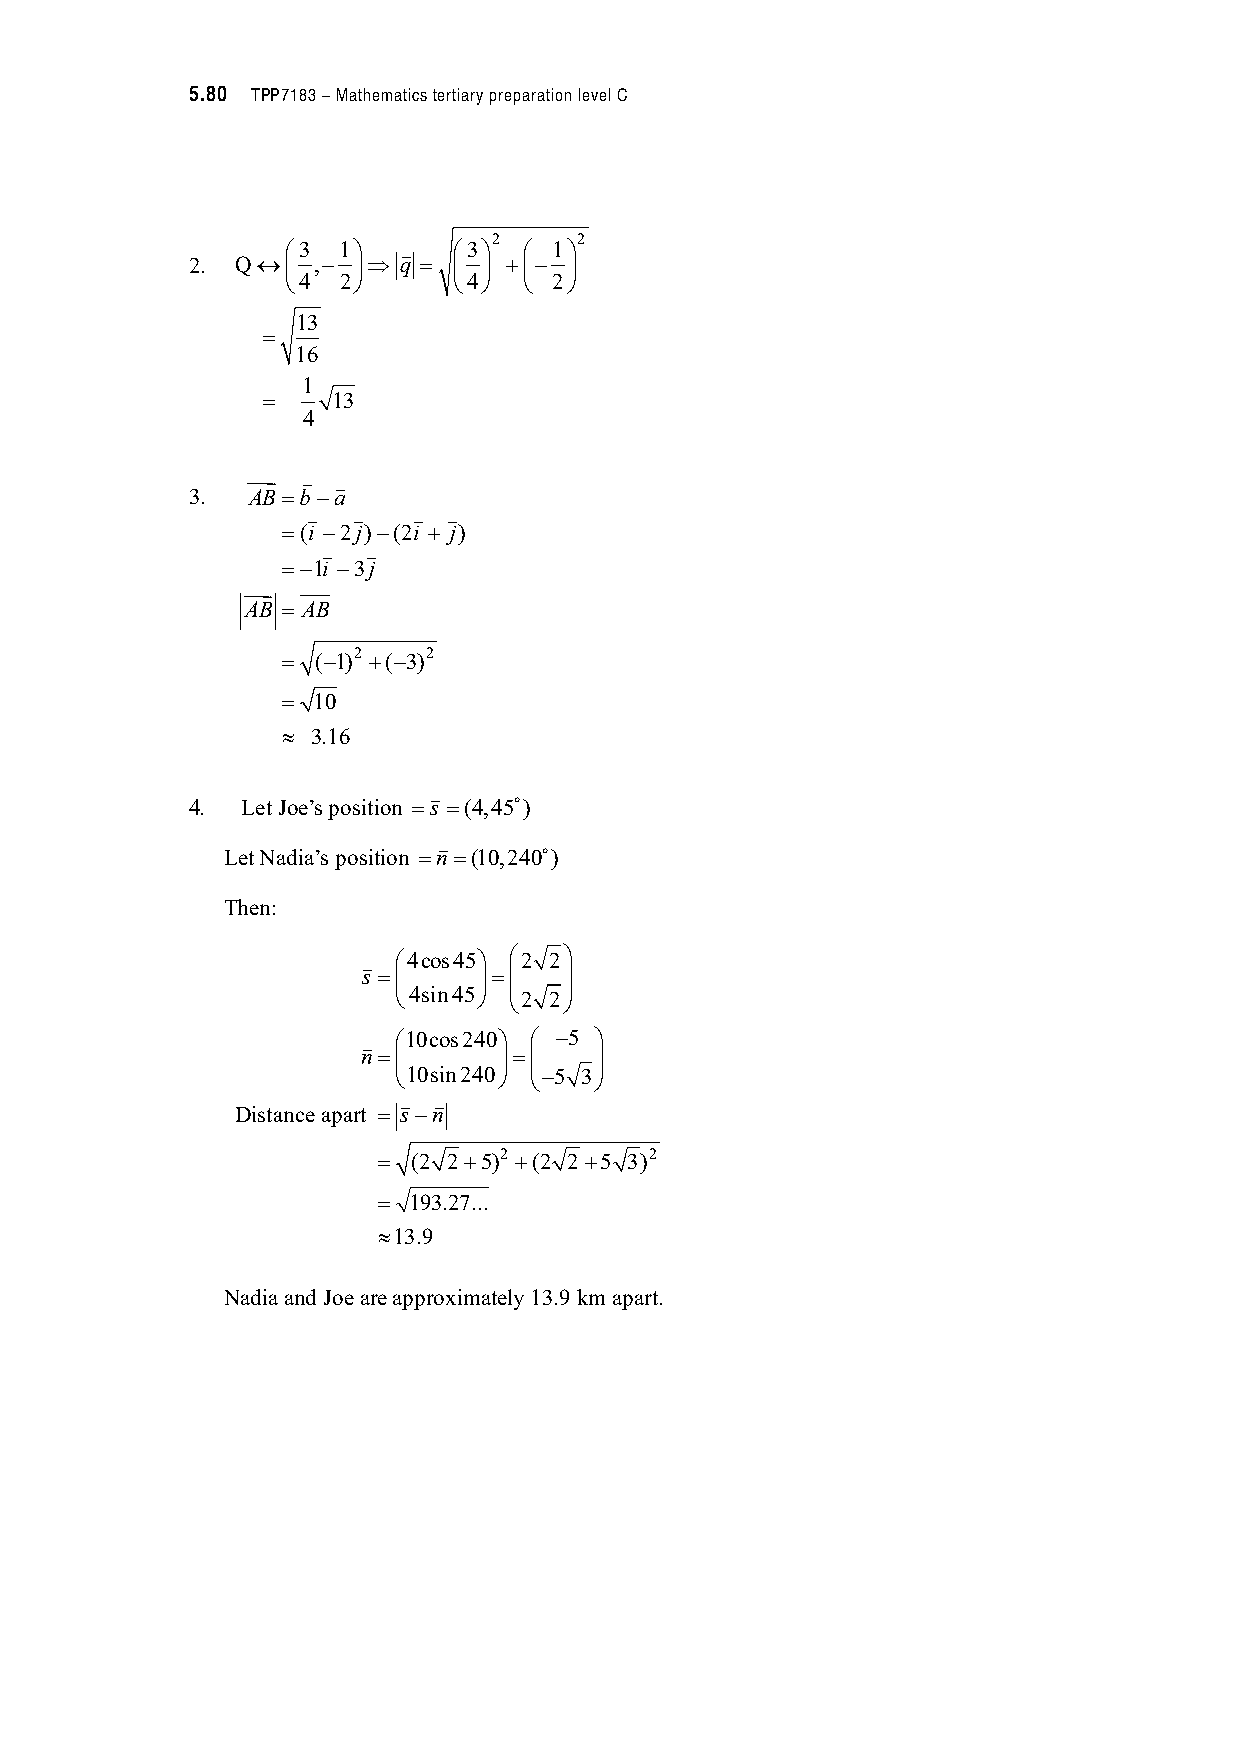
5.80 TPP7183 – Mathematics tertiary preparation level C
 -3 1.   "  -3.2 - 1.2
 2.  Q04  ,$ 52 q ! 4 5 #4$ 5
 +4 2,      +4,  + 2,
 13
 !
 16
 1
 !    13
 4
 ! " "
 3.  AB!b $a
 "  "   "  "
 !(i $2j)$(2i # j)
 "  "
 !$1i $3j
 !
 AB ! AB
 ! ($1)2 #($3)2
 ! 10
 1 3.16
 "
 #
 4.  Let Joe’s position !s !(4,45 )
 "
 #
 Let Nadia’s position !n!(10,240 )
 Then:
 " -4cos45. -2 2.
 s !4    5!4  5
 +4sin45, 4 +2 25 ,
 " -10cos240. - $5 .
 n!4      5!4
 4
 5
 5
 +10sin240, +$5 3,
 " "
 Distance apart ! s $n
 ! (2 2#5)2 #(2 2#5 3)2
 ! 193.27...
 113.9
 Nadia and Joe are approximately 13.9 km apart.